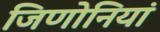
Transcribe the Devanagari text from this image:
जिणोनियां